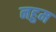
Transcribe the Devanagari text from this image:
नहुम